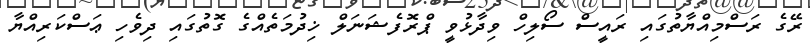
ރޭގެ ރަސްމިއްޔާތުގައި ރައީސް ސޯލިހް ވިދާޅުވީ ޕްރޮފެޝަނަލް ޚިދުމަތެއްގެ ގޮތުގައި ދިވެހި ޢަސްކަރިއްޔާ